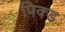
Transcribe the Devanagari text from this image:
पिक्ड